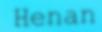
Henan